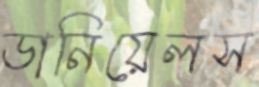
ডানিয়েলস